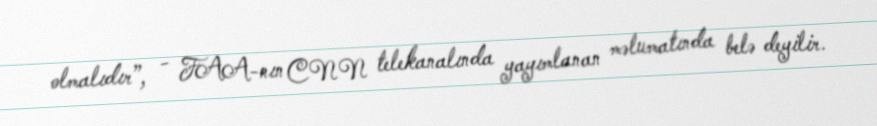
olmalıdır”, - FAA-nın CNN telekanalında yayımlanan məlumatında belə deyilir.